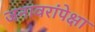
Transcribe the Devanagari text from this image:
जनावरांपेक्षा